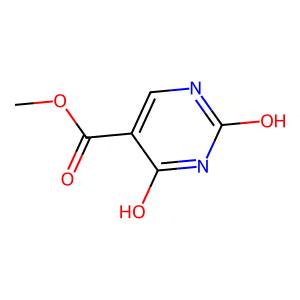
SMILES: COC(=O)c1cnc(O)nc1O
Inhibits HIV replication: No